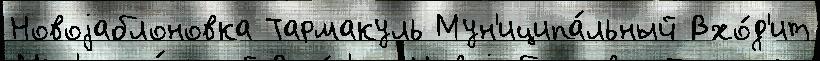
Новоjаблоновка Тармакуль Мун'иципа́льный Вхо́д'ит